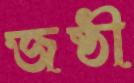
জষ্ঠী